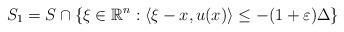
LaTeX: \begin{align*}S_1=S\cap \{\xi\in\mathbb{R}^n:\langle \xi-x, u(x)\rangle\leq -(1+\varepsilon)\Delta\}\end{align*}